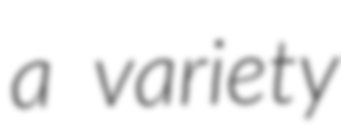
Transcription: a variety